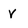
Character: V